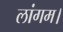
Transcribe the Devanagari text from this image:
लांगम।